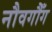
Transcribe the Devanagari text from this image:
नौवगौँग